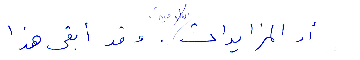
او المزايدات. وقد ابقى هذا